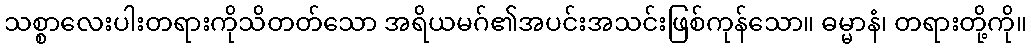
သစ္စာလေးပါးတရားကိုသိတတ်သော အရိယမဂ်၏အပင်းအသင်းဖြစ်ကုန်သော။ ဓမ္မာနံ၊ တရားတို့ကို။